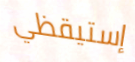
إستيقظي